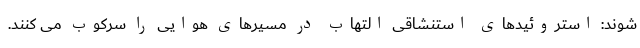
شوند: استروئیدهای استنشاقی التهاب در مسیرهای هوایی را سرکوب می کنند.